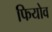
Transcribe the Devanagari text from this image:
फियोव